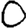
Digit: 0